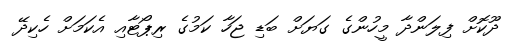
ދޫކޮށް ފިލަންދާ މީހުންގެ ގަޔަށް ބަޑި ޖަހާ ކަމުގެ ރިޕޯޓާއި އެކަމަށް ހެކިދޭ